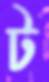
ট